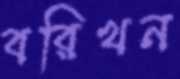
বরিখন